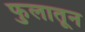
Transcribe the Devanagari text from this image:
फुलातून